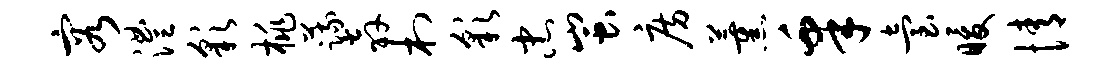
容澧彩桃蔬奔村彩忠蚩房薰皋台暖情